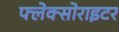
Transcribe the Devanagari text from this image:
फ्लेक्सोराइटर